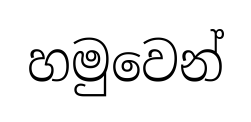
හමුවෙන්